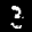
Label: 3